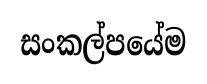
සංකල්පයේම